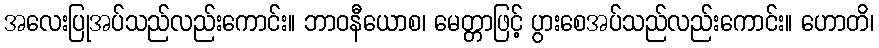
အလေးပြုအပ်သည်လည်းကောင်း။ ဘာဝနီယောစ၊ မေတ္တာဖြင့် ပွားစေအပ်သည်လည်းကောင်း။ ဟောတိ၊